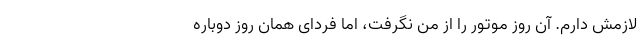
لازمش دارم. آن روز موتور را از من نگرفت، اما فردای همان روز دوباره